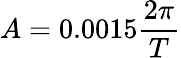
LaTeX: A=0.0015\frac{2\pi}{T}